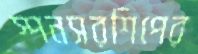
স্পনসরশিপের